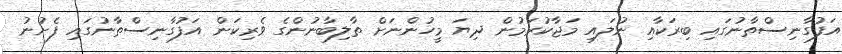
އަފުގާނިސްތާނުގައި ބިރަކާއި ނުލައި މަޖާކުރަމުން ދިޔަ މީހުންނަށް ތާލިބާނުންގެ ވެރިކަން އަފުގާނިސްތާނުގައި ފެށުނު